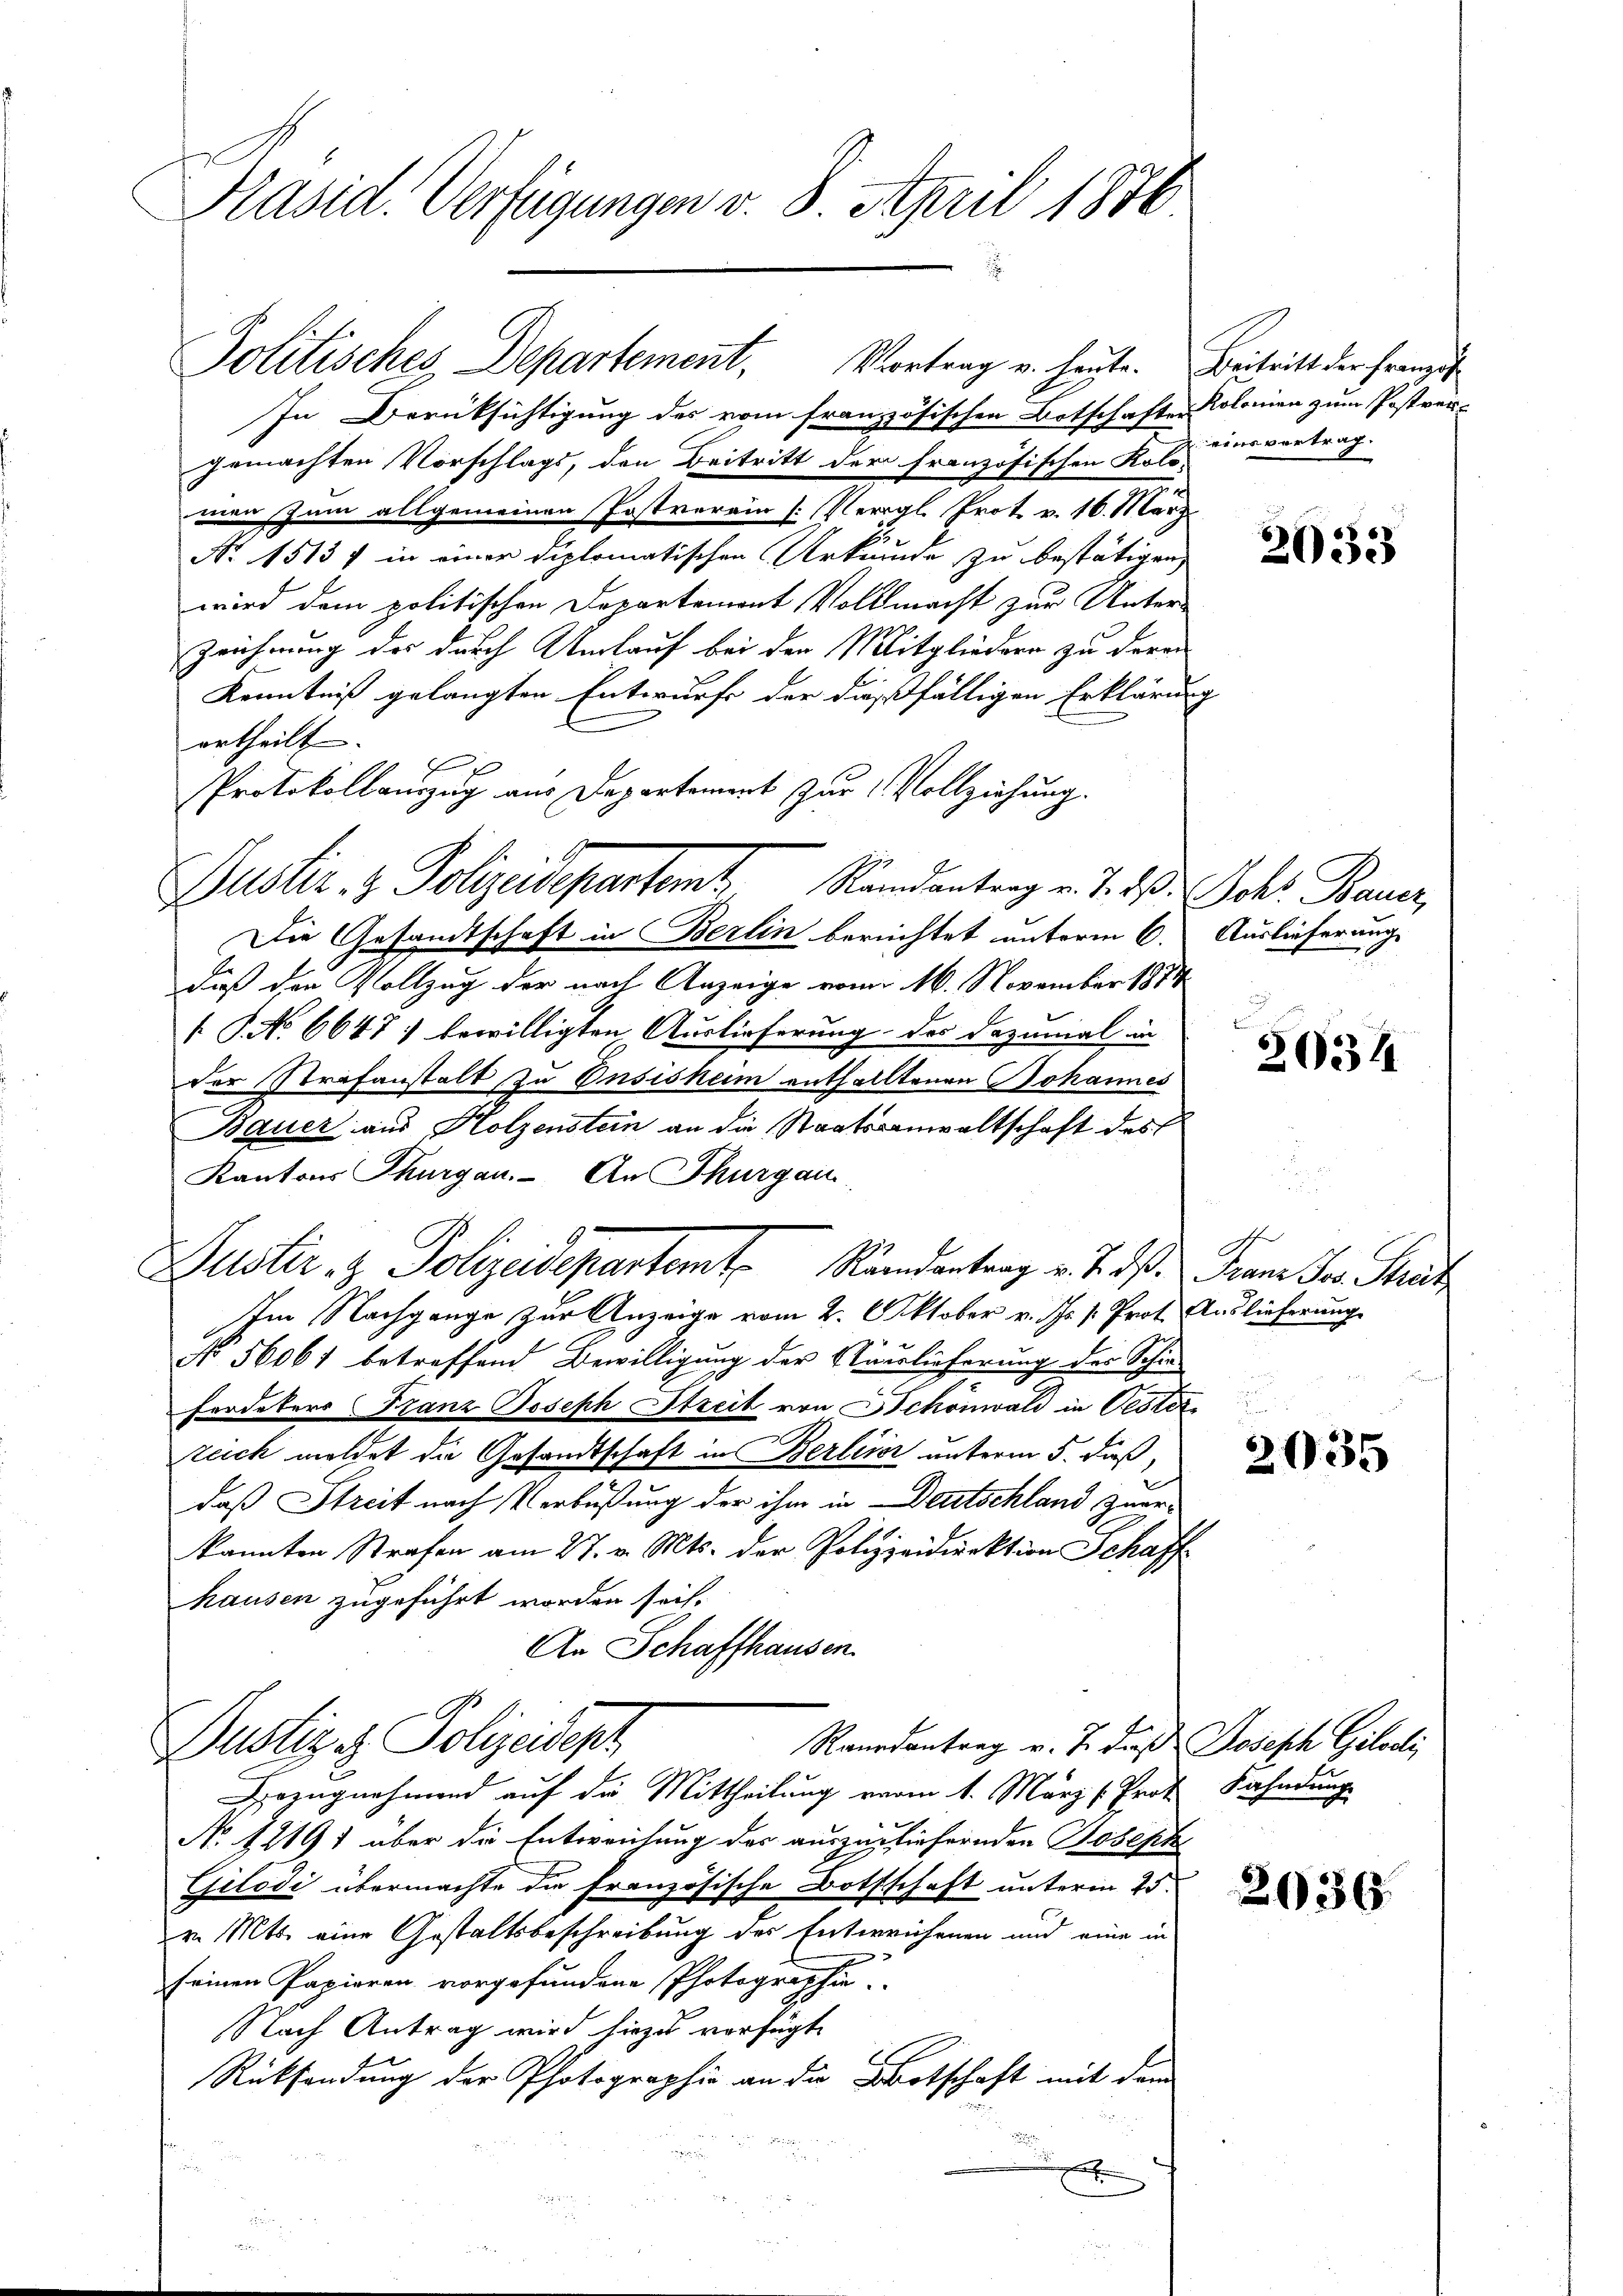
Präsid. Verfügungen v. 8. April 1876

In Berüksichtigung des vom französischen Botschaften Kolonien zum Postver-
gemachten Vorschlags, den Beitritt der französischen Kolo-
men zum allgemeinen Postverein (Vergl. Prot. v. 16. März
No. 1513 f in einer diplomatischen Urkunde zu bestätigen,
wird dem politischen Departement Vollmacht zur Unter-
Zeichnung des durch Umlauf bei den Mitgliedern zu deren
Kenntniß gelangten Entwurfe der dißfälligen Erklärung
ortheilt.
Protokollauszug aus Departement zur Vollziehung.
Die Gesandtschaft in Berlin berechtet unterm 6. Auslieferung
daß der Vollzug der nach Anzeige vom 16. November 1871
 P. No 6647 : bewilligten Auslieferung des Dazumal in
der Strafanstalt zu Insisheim enthalltenen Johannes
Bauer aus Holzenstein an die Staatsanwaltschaft des
Kantons Thurgau. An Thurgau
Justiz & Polizeidepartemte Randantrag v. 7. ds. dann der Struct
Im Nachgange zur Anzeige vom 2. Oktober v. Js. Prot. Auslieferung
No 56061 betreffend Bewilligung der Näuslieferung des Schie-
Fordeters Franz Joseph Streit von Schönwald in Oester
.
teich meldet die Gesandtschaft in Berlier unterm 5. daß,
daß Streit nach Verbüßung der ihm in Deutschland zuerkannten Strafen am 27. v. Mts. der Polizeidirektion Schaff
hausen zugeführt worden sei.
An Schaffhausen.
Dustiz & Polizeidept
Raurantrag v. J. daß Joseph Giloci,
Dozugnahmend auf die Mittheilung vom 1. März /: Prof. Fahndung
No 12191 über die Entweichung des auszuziehernden Joseph
Gilodi übermachte die französische Bothschaft unterm 25.
v. Mts. eine Gestaltsbeschreibung des Entweichenen und eine in
2
seinen Papieren vorgefundene Photographie.
Nach Antrag wird hiezu verfügt.
Rücksendung der Photographie an die Botschaft mit dem
¬
.

Politisches Departement, Vortrag u. heute. Beitritt der Franzis¬

Justiz- & Polizeidepartamt Randantrag v. 1. d. Johs. Braun,

einsvertrag.

2033

2031

d

2035

2036.